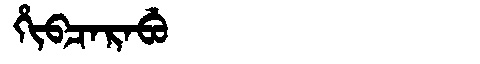
Manchu: ᡥᡳᠪᠴᠠᡵᠠᠪᡠ
Romanization: HIBCARABU